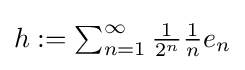
{\textstyle h:=\sum _{n=1}^{\infty }{\tfrac {1}{2^{n}}}{\tfrac {1}{n}}e_{n}}